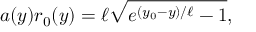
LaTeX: a ( y ) r _ { 0 } ( y ) = \ell \sqrt { e ^ { ( y _ { 0 } - y ) / \ell } - 1 } ,